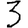
Digit: 3